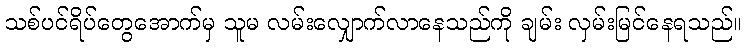
သစ်ပင်ရိပ်တွေအောက်မှ သူမ လမ်းလျှောက်လာနေသည်ကို ချမ်း လှမ်းမြင်နေရသည်။